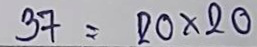
37 = 20 x 20